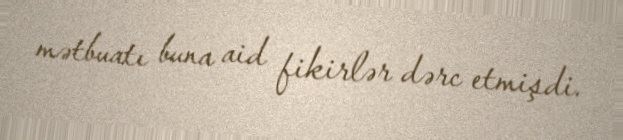
mətbuatı buna aid fikirlər dərc etmişdi.